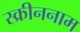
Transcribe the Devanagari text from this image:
स्क्रीननाम